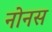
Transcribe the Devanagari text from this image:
नोनस